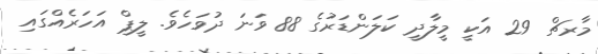
މާރޗް 29 އަކީ މީލާދީ ކަލަންޑަރުގެ 88 ވަނަ ދުވަހެވެ. ލީޕް އަހަރެއްގައި